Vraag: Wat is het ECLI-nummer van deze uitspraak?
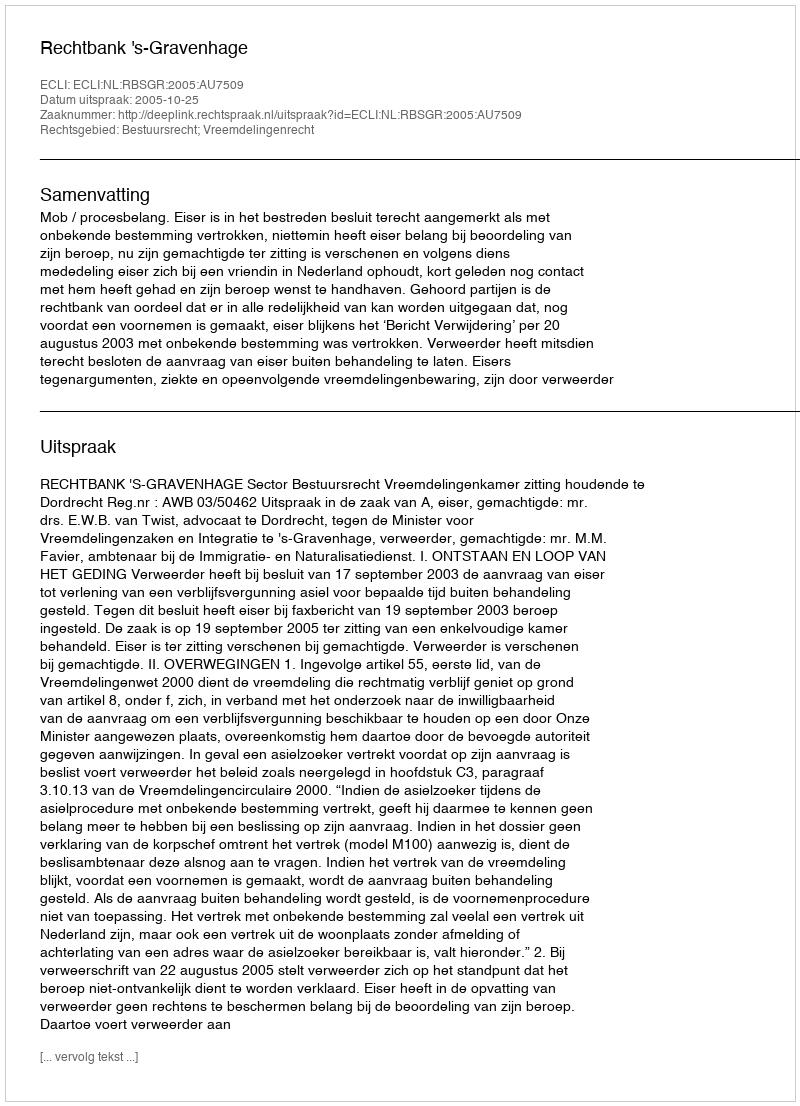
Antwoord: ECLI:NL:RBSGR:2005:AU7509